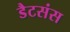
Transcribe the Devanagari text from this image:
डैटसंस